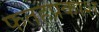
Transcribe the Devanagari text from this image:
फतहप्रकाश